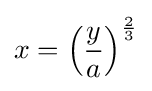
x=\left({\frac {y}{a}}\right)^{\frac {2}{3}}